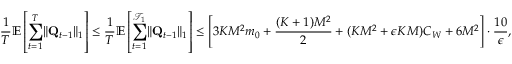
\frac 1 T \mathbb E \left[ \sum _ { t = 1 } ^ { T } \lVert \mathbf Q _ { t - 1 } \rVert _ { 1 } \right] \le \frac 1 T \mathbb E \left[ \sum _ { t = 1 } ^ { \mathcal T _ { 1 } } \lVert \mathbf Q _ { t - 1 } \rVert _ { 1 } \right] \le \left[ 3 K M ^ { 2 } m _ { 0 } + \frac { ( K + 1 ) M ^ { 2 } } 2 + ( K M ^ { 2 } + \epsilon K M ) C _ { W } + 6 M ^ { 2 } \right] \cdot \frac { 1 0 } \epsilon ,